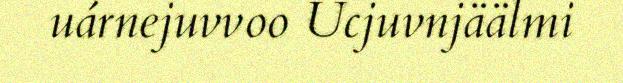
uárnejuvvoo Ucjuvnjäälmi